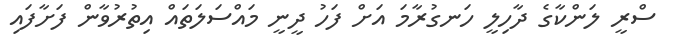
ސްރީ ލަންކާގެ ދާހިލީ ހަނގުރާމަ އަށް ފަހު ދީނީ މައްސަލަތައް އިތުރުވާން ފަށާފައި